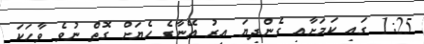
1:25 ގައި ކަމަށާއި ގެންދިޔަ އިރު އޭނާގެ ހެޔަށް ގޮތް ނުވެ ވާހަކަ